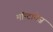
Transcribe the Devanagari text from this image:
मॉन्टानेज़